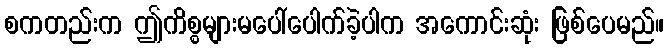
စကတည်းက ဤကိစ္စများမပေါ်ပေါက်ခဲ့ပါက အကောင်းဆုံး ဖြစ်ပေမည်။